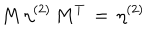
LaTeX: M \, \eta ^ { ( 2 ) } \, M ^ { T } \, = \, \eta ^ { ( 2 ) }